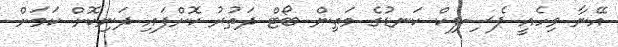
އޭނާ ވިހެއީ ޕެސިފިކް ކަނޑުގެ މަތިން ބޯޓް ދަތުރު ކޮށްފައި ދަނިކޮށް ކަމަށް